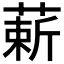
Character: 𫉈